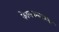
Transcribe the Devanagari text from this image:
केालकत्त्याला